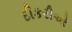
દીકરીઓ